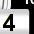
Digit: 3